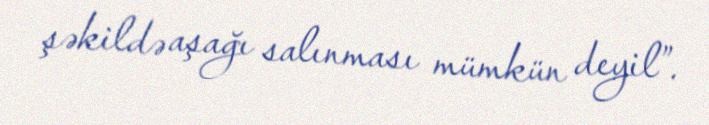
şəkildə aşağı salınması mümkün deyil”.